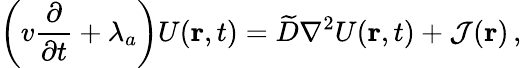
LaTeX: \bigg(v\frac{\partial}{\partial t}+\lambda_{a}\bigg)U({\mathbf r},t)=\widetilde D\nabla^{2}U({\mathbf r},t)+{\cal J}({\mathbf r})\, ,